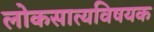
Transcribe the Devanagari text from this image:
लोकसात्यविषयक